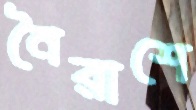
নৈরাশে